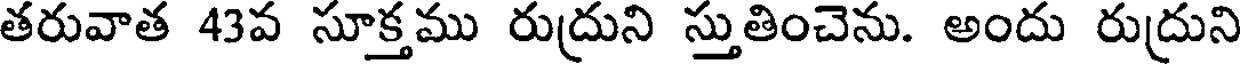
తరువాత 43వ సూక్తము రుద్రుని స్తుతించెను. అందు రుద్రుని